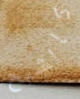
كالشبح